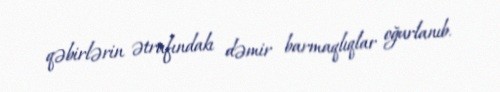
qəbirlərin ətrafındakı dəmir barmaqlıqlar oğurlanıb.